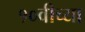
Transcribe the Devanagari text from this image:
१०वीच्या